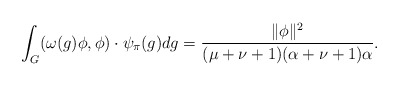
\begin{align*}\int_G(\omega(g)\phi,\phi) \cdot \psi_{\pi}(g)dg=\frac{\|\phi\|^2}{(\mu+\nu+1)(\alpha+\nu+1)\alpha}.\end{align*}